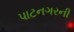
પાટનગરની